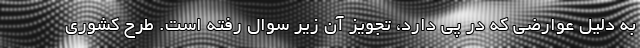
به دلیل عوارضی که در پی دارد، تجویز آن زیر سوال رفته است. طرح کشوری